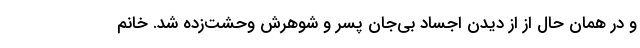
و در همان حال از از دیدن اجساد بی‌جان پسر و شوهرش وحشت‌زده شد. خانم